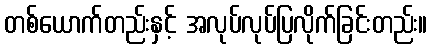
တစ်ယောက်တည်းနှင့် အလုပ်လုပ်ပြလိုက်ခြင်းတည်း။